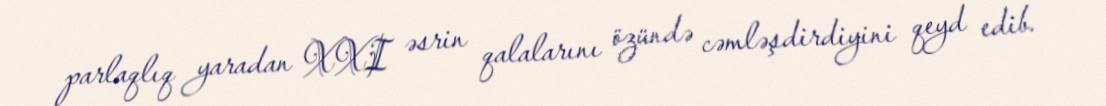
parlaqlıq yaradan XXI əsrin qalalarını özündə cəmləşdirdiyini qeyd edib.